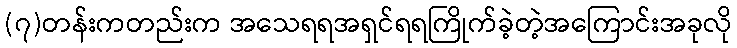
(၇)တန်းကတည်းက အသေရရအရှင်ရရကြိုက်ခဲ့တဲ့အကြောင်းအခုလို